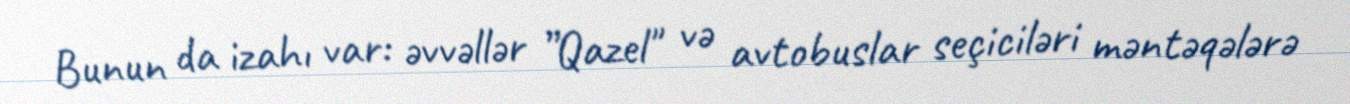
Bunun da izahı var: əvvəllər ”Qazel" və avtobuslar seçiciləri məntəqələrə